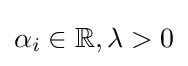
{\alpha _{i}}\in \mathbb {R} ,\lambda >0